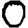
Digit: 0